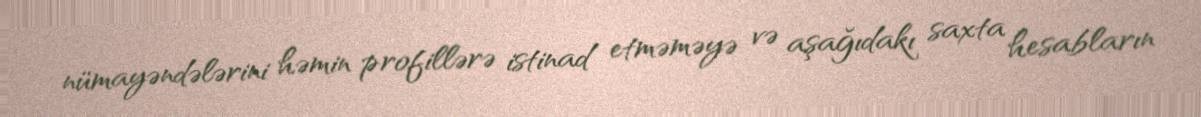
nümayəndələrini həmin profillərə istinad etməməyə və aşağıdakı saxta hesabların